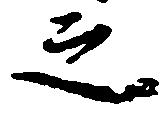
之